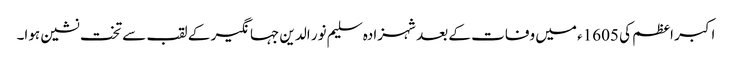
اکبر اعظم کی 1605ء میں وفات کے بعد شہزادہ سلیم نور الدین جہانگیر کے لقب سے تخت نشین ہوا۔